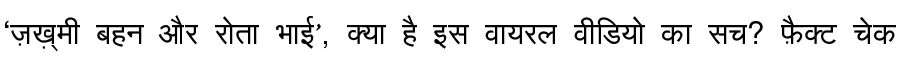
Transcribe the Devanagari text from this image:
‘ज़ख़्मी बहन और रोता भाई’, क्या है इस वायरल वीडियो का सच? फ़ैक्ट चेक